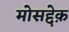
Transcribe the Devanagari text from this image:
मोसद्देक़